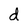
Character: d